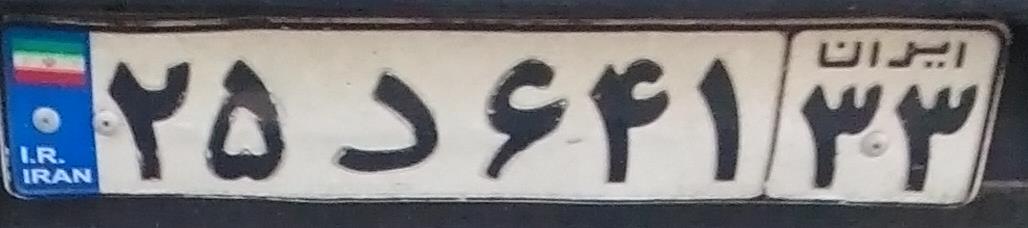
۲۵د۶۴۱۳۳